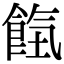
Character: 𩛹